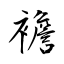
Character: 襜